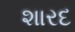
શારદ